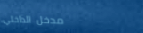
مدخل الداخلي